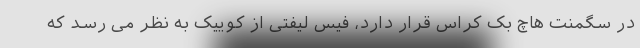
در سگمنت هاچ بک کراس قرار دارد، فیس لیفتی از کوییک به نظر می رسد که